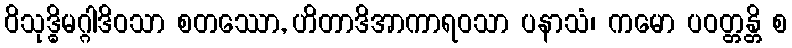
ဝိသုဒ္ဓိမဂ္ဂါဒိဝသာ စတဿော, ဟိတာဒိအာကာရဝသာ ပနာသံ၊ ကမော ပဝတ္တန္တိ စ